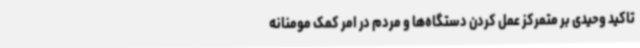
تاکید وحیدی بر متمرکز عمل کردن دستگاه‌ها و مردم در امر کمک مومنانه